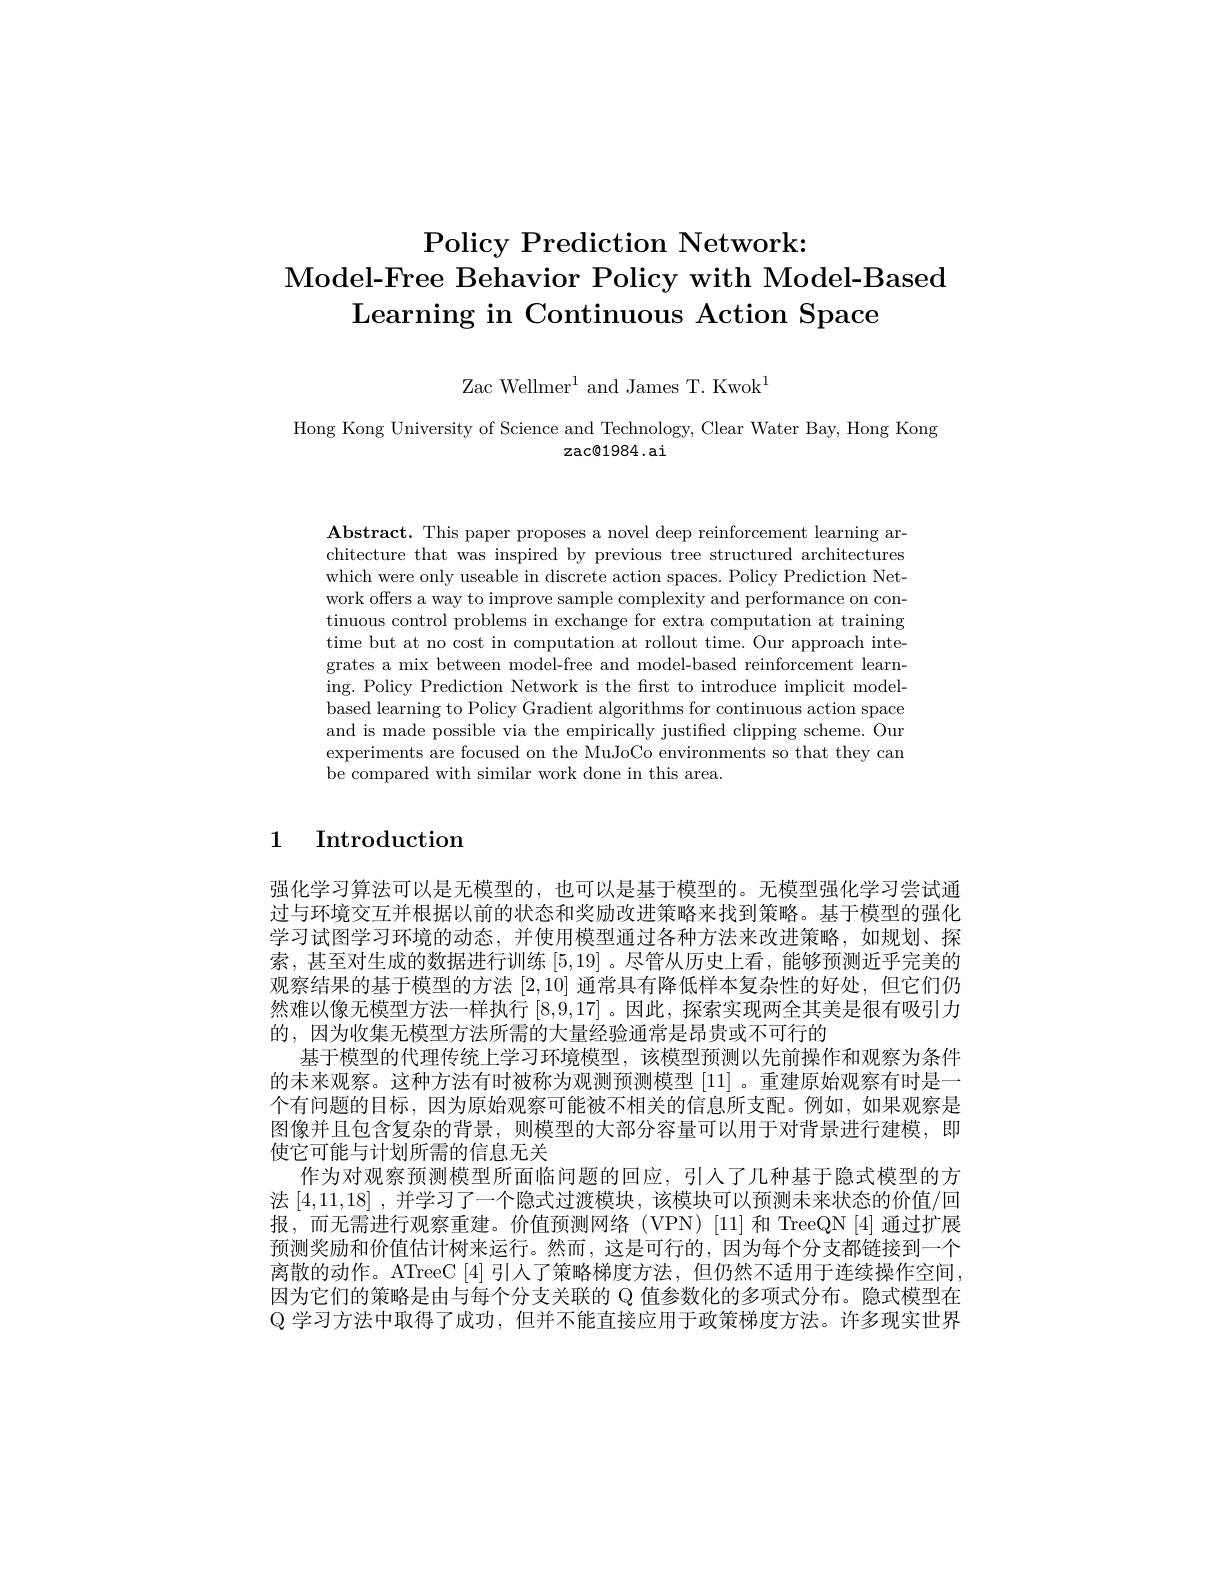
# Policy Prediction Network: Model- Free Behavior Policy with Model-Based Learning in Continuous Action Space

Zac Wellmer$^1$ and James T. Kwok$^1$

Hong Kong University of Science and Technology, Clear Water Bay, Hong Kong
$z$ac@1984.ai

$\mathbf{Abstract.~This~paper~proposes~a~novel~deep~reinforcement~learning~ar-}$ chitecture that was inspired by previous tree structured architectures which were only useable in discrete action spaces. Policy Prediction Network offers a way to improve sample complexity and performance on continuous control problems in exchange for extra computation at training time but at no cost in computation at rollout time. Our approach integrates a mix between model-free and model-based reinforcement learning. Policy Prediction Network is the frst to introduce implicit modelbased learning to Policy Gradient algorithms for continuous action space and is made possible via the empirically justified clipping scheme. Our experiments are focused on the MuJoCo environments so that they can be compared with similar work done in this area.

# 1 Introduction

强化学习算法可以是无模型的，也可以是基于模型的。无模型强化学习尝试通过与环境交互并根据以前的状态和奖励改进策略来找到策略。基于模型的强化学习试图学习环境的动态，并使用模型通过各种方法来改进策略，如规划、探索，甚至对生成的数据进行训练[5,19] 。尽管从历史上看，能够预测近乎完美的观察结果的基于模型的方法[2,10]通常具有降低样本复杂性的好处，但它们仍然难以像无模型方法一样执行[8,9,17] 。因此，探索实现两全其美是很有吸引力的，因为收集无模型方法所需的大量经验通常是昂贵或不可行的
基于模型的代理传统上学习环境模型，该模型预测以先前操作和观察为条件的未来观察。这种方法有时被称为观测预测模型 [11] 。重建原始观察有时是一个有问题的目标，因为原始观察可能被不相关的信息所支配。例如，如果观察是图像并且包含复杂的背景，则模型的大部分容量可以用于对背景进行建模，即使它可能与计划所需的信息无关
作为对观察预测模型所面临问题的回应，引人了几种基于隐式模型的方法[4,11,18] ,并学习了一个隐式过渡模块，该模块可以预测未来状态的价值/回报，而无需进行观察重建。价值预测网络(VPN)[11]和 TreeQN[4]通过扩展预测奖励和价值估计树来运行。然而，这是可行的，因为每个分支都链接到一个离散的动作。ATreeC[4]引入了策略梯度方法，但仍然不适用于连续操作空间， 因为它们的策略是由与每个分支关联的 Q 值参数化的多项式分布。隐式模型在$\mathbb{Q}$学习方法中取得了成功，但并不能直接应用于政策梯度方法。许多现实世界